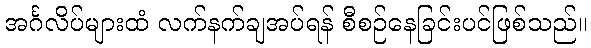
အင်္ဂလိပ်များထံ လက်နက်ချအပ်ရန် စီစဉ်နေခြင်းပင်ဖြစ်သည်။